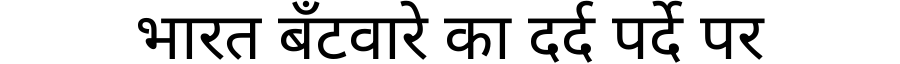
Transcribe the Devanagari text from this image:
भारत बँटवारे का दर्द पर्दे पर